Newspaper: The Forrest City times. [volume]
Place of publication: Forrest City, Ark.
Publisher: Thomas F. Oury
Date: 1890-01-18 00:00:00
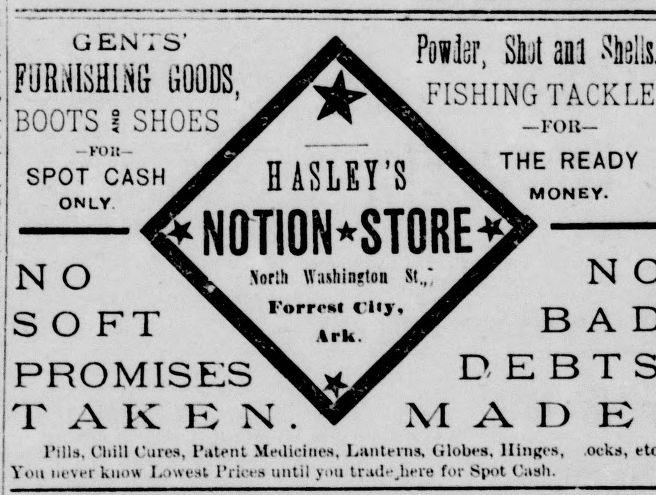
Advertisement text (OCR):
GENTS’ BOOTS I SHOES A ?o*te, Shat aai .FISHING TACKLE —FOll— — YOU— SPOT CASH only A —A ; n o S O FT f Htsun\ > NOTION*STORE North WufeiagtM St., Forrm City Ark. THE READY MONEY. f PROMISES ^ TAKEN. r D Lb l Pills, Chill Cures, Patent Medicines, Lanterns, (.ilobes. Hinges, ocks, Von nevei know Lowest Prices until you tr.ulejiere for Spot Cush.
Label: text-only